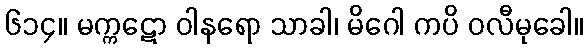
၆၁၄။ မက္ကဋော ဝါနရော သာခါ၊ မိဂေါ ကပိ ဝလီမုခေါ။